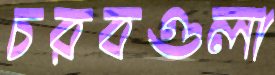
চরবগুলা